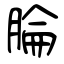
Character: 腀